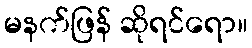
မနက်ဖြန် ဆိုရင်ရော။